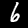
Digit: 6